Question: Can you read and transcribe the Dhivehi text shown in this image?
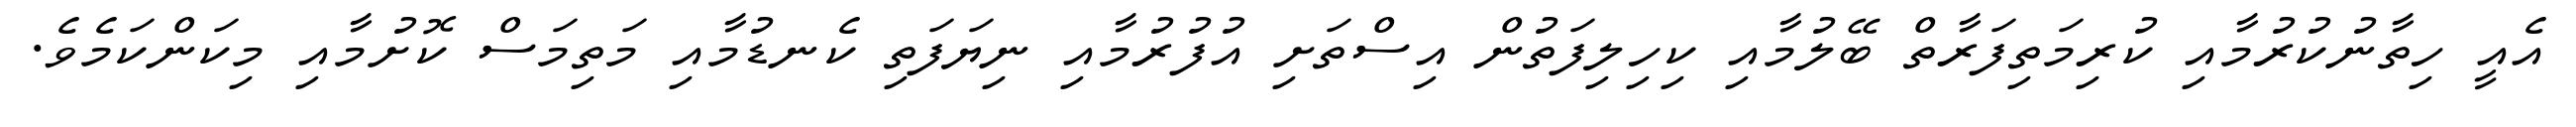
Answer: އެއީ ހިތާނުކުރުމާއި ކުރިމަތިފަރާތް ބޭލުމާއި ކިހިލިފަތުން އިސްތަށި އުފުރުމާއި ނިޔަފަތި ކެނޑުމާއި މަތިމަސް ކޮށުމާއި މިކަންކަމެވެ.